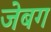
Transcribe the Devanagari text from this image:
जेबग